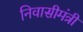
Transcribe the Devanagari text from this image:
निवासीमंत्री